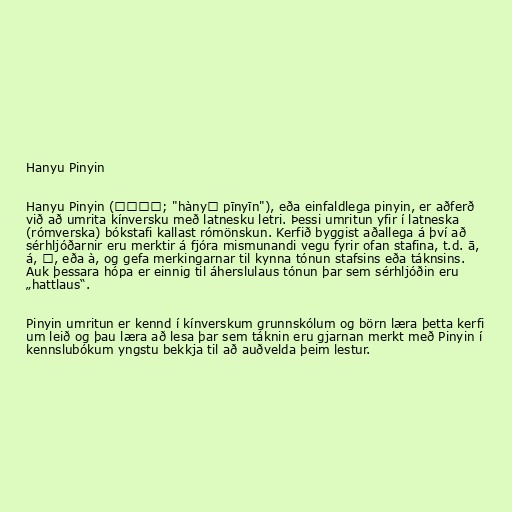
Hanyu Pinyin

Hanyu Pinyin (汉语拼音; "hànyǔ pīnyīn"), eða einfaldlega pinyin, er aðferð
við að umrita kínversku með latnesku letri. Þessi umritun yfir í latneska
(rómverska) bókstafi kallast rómönskun. Kerfið byggist aðallega á því að
sérhljóðarnir eru merktir á fjóra mismunandi vegu fyrir ofan stafina, t.d. ā,
á, ǎ, eða à, og gefa merkingarnar til kynna tónun stafsins eða táknsins.
Auk þessara hópa er einnig til áherslulaus tónun þar sem sérhljóðin eru
„hattlaus“.

Pinyin umritun er kennd í kínverskum grunnskólum og börn læra þetta kerfi
um leið og þau læra að lesa þar sem táknin eru gjarnan merkt með Pinyin í
kennslubókum yngstu bekkja til að auðvelda þeim lestur.